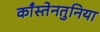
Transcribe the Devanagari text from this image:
काँस्तेनतुनिया